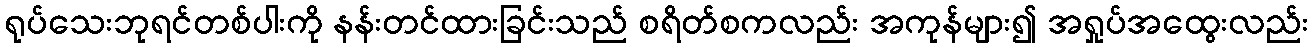
ရုပ်သေးဘုရင်တစ်ပါးကို နန်းတင်ထားခြင်းသည် စရိတ်စကလည်း အကုန်များ၍ အရှုပ်အထွေးလည်း